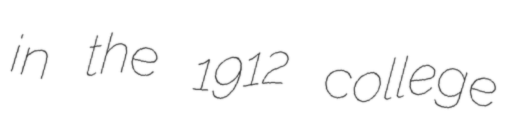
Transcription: in the 1912 college